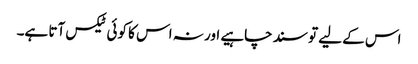
اس کے لیے تو سند چاہیے اور نہ اس کا کوئی ٹیکس آتا ہے۔